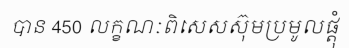
បាន 450 លក្ខណៈពិសេសស៊ុមប្រមូលផ្តុំ